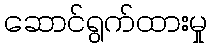
ဆောင်ရွက်ထားမှု